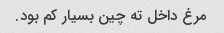
مرغ داخل ته چین بسیار کم بود.